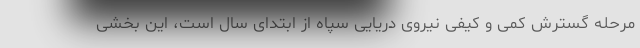
مرحله گسترش کمی و کیفی نیروی دریایی سپاه از ابتدای سال است، این بخشی